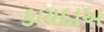
કાયદાઅ